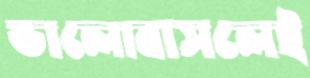
ভালোবাসলেই